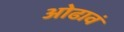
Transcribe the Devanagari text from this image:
ओढावं